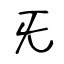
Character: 旡